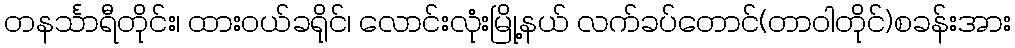
တနင်္သာရီတိုင်း၊ ထားဝယ်ခရိုင်၊ လောင်းလုံးမြို့နယ် လက်ခပ်တောင်(တာဝါတိုင်)စခန်းအား